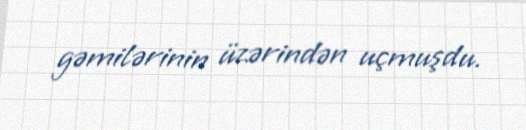
gəmilərinin üzərindən uçmuşdu.